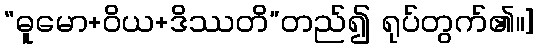
“ဓူမော+ဝိယ+ဒိဿတိ”တည်၍ ရုပ်တွက်၏။]